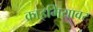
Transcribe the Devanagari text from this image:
क्राइमियावर